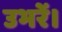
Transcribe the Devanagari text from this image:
उभरें।